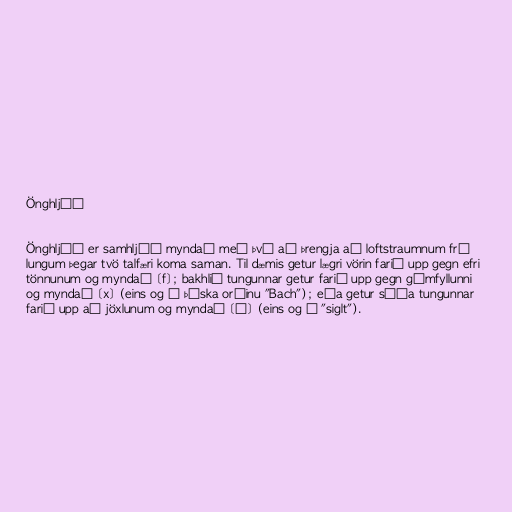
Önghljóð

Önghljóð er samhljóð myndað með því að þrengja að loftstraumnum frá
lungum þegar tvö talfæri koma saman. Til dæmis getur lægri vörin farið upp gegn efri
tönnunum og myndað [f]; bakhlið tungunnar getur farið upp gegn gómfyllunni
og myndað [x] (eins og í þýska orðinu "Bach"); eða getur síða tungunnar
farið upp að jöxlunum og myndað [ɬ] (eins og í "siglt").